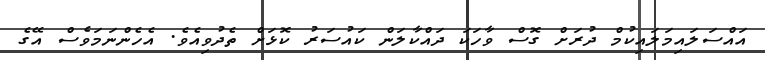
އައްސަލައިމަލައިކުމް ދުރަށް ގޮސް ވާހަކަ ދައްކާލަން ކައުސަރު ކޮޅަށް ތެދުވިއެވެ. އެހެންނަމަވެސް އޭގެ